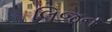
લિજન